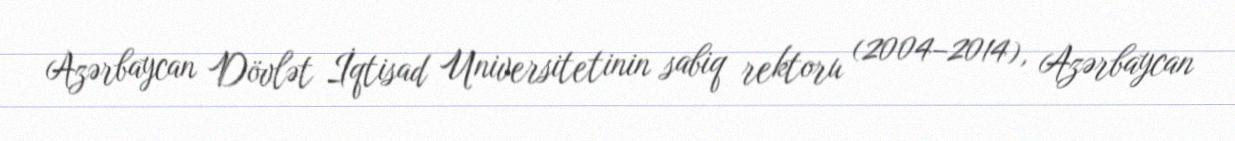
Azərbaycan Dövlət İqtisad Universitetinin sabiq rektoru (2004–2014), Azərbaycan